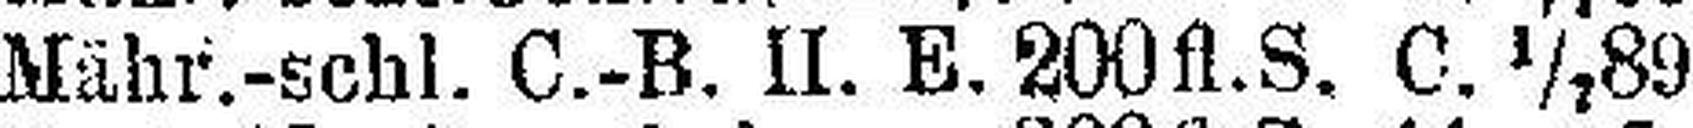
Mähr.-schl. C.-B. II. E. 200 fl. S. C. 1/7 89